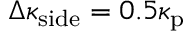
\Delta \kappa _ { \mathrm { s i d e } } = 0 . 5 \kappa _ { \mathrm { p } }